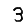
Digit: 3